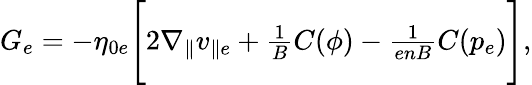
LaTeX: \begin{array}{r}{G_{e}=-\eta_{0e}\Bigg[2\nabla_{\parallel}v_{\parallel e}+\frac{1}{B}C(\phi)-\frac{1}{enB}C(p_{e})\Bigg],}\end{array}